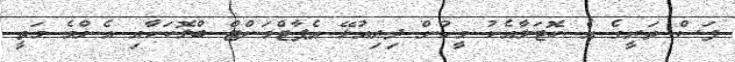
ފަސް ތަރީގެ އެ ހޮޓަލާއެކު މީހުން ދިރިއުޅޭ އެޕާޓްމަންޓް ބްލޮކަކާއި އެންމެ މަތީ